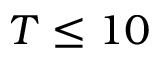
T \leq 1 0